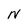
Character: N